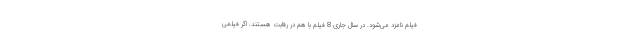
فیلم نامزد می‌شود. در سال جاری 8 فیلم با هم در رقابت هستند. اگر فیلمی